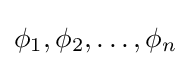
\phi _{1},\phi _{2},\dots ,\phi _{n}